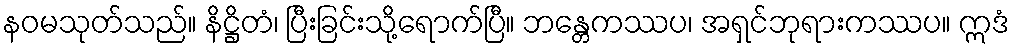
နဝမသုတ်သည်။ နိဋ္ဌိတံ၊ ပြီးခြင်းသို့ရောက်ပြီ။ ဘန္တေကဿပ၊ အရှင်ဘုရားကဿပ။ ဣဒံ